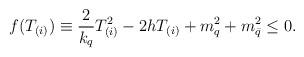
LaTeX: \begin{align*}f(T_{(i)}) \equiv {2 \over k_q}T_{(i)}^2 - 2hT_{(i)}+m_q^2+m_{\bar q}^2 \leq 0.\end{align*}